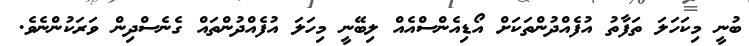
ބުނީ މިކަހަލަ ތަފާތު އުފެއްދުންތަކަށް އޯޑިއެންސްއެއް ލިބޭނީ މިހަލަ އުފެއްދުންތައް ގެނެސްދިން ވަރަކުންނެވެ.